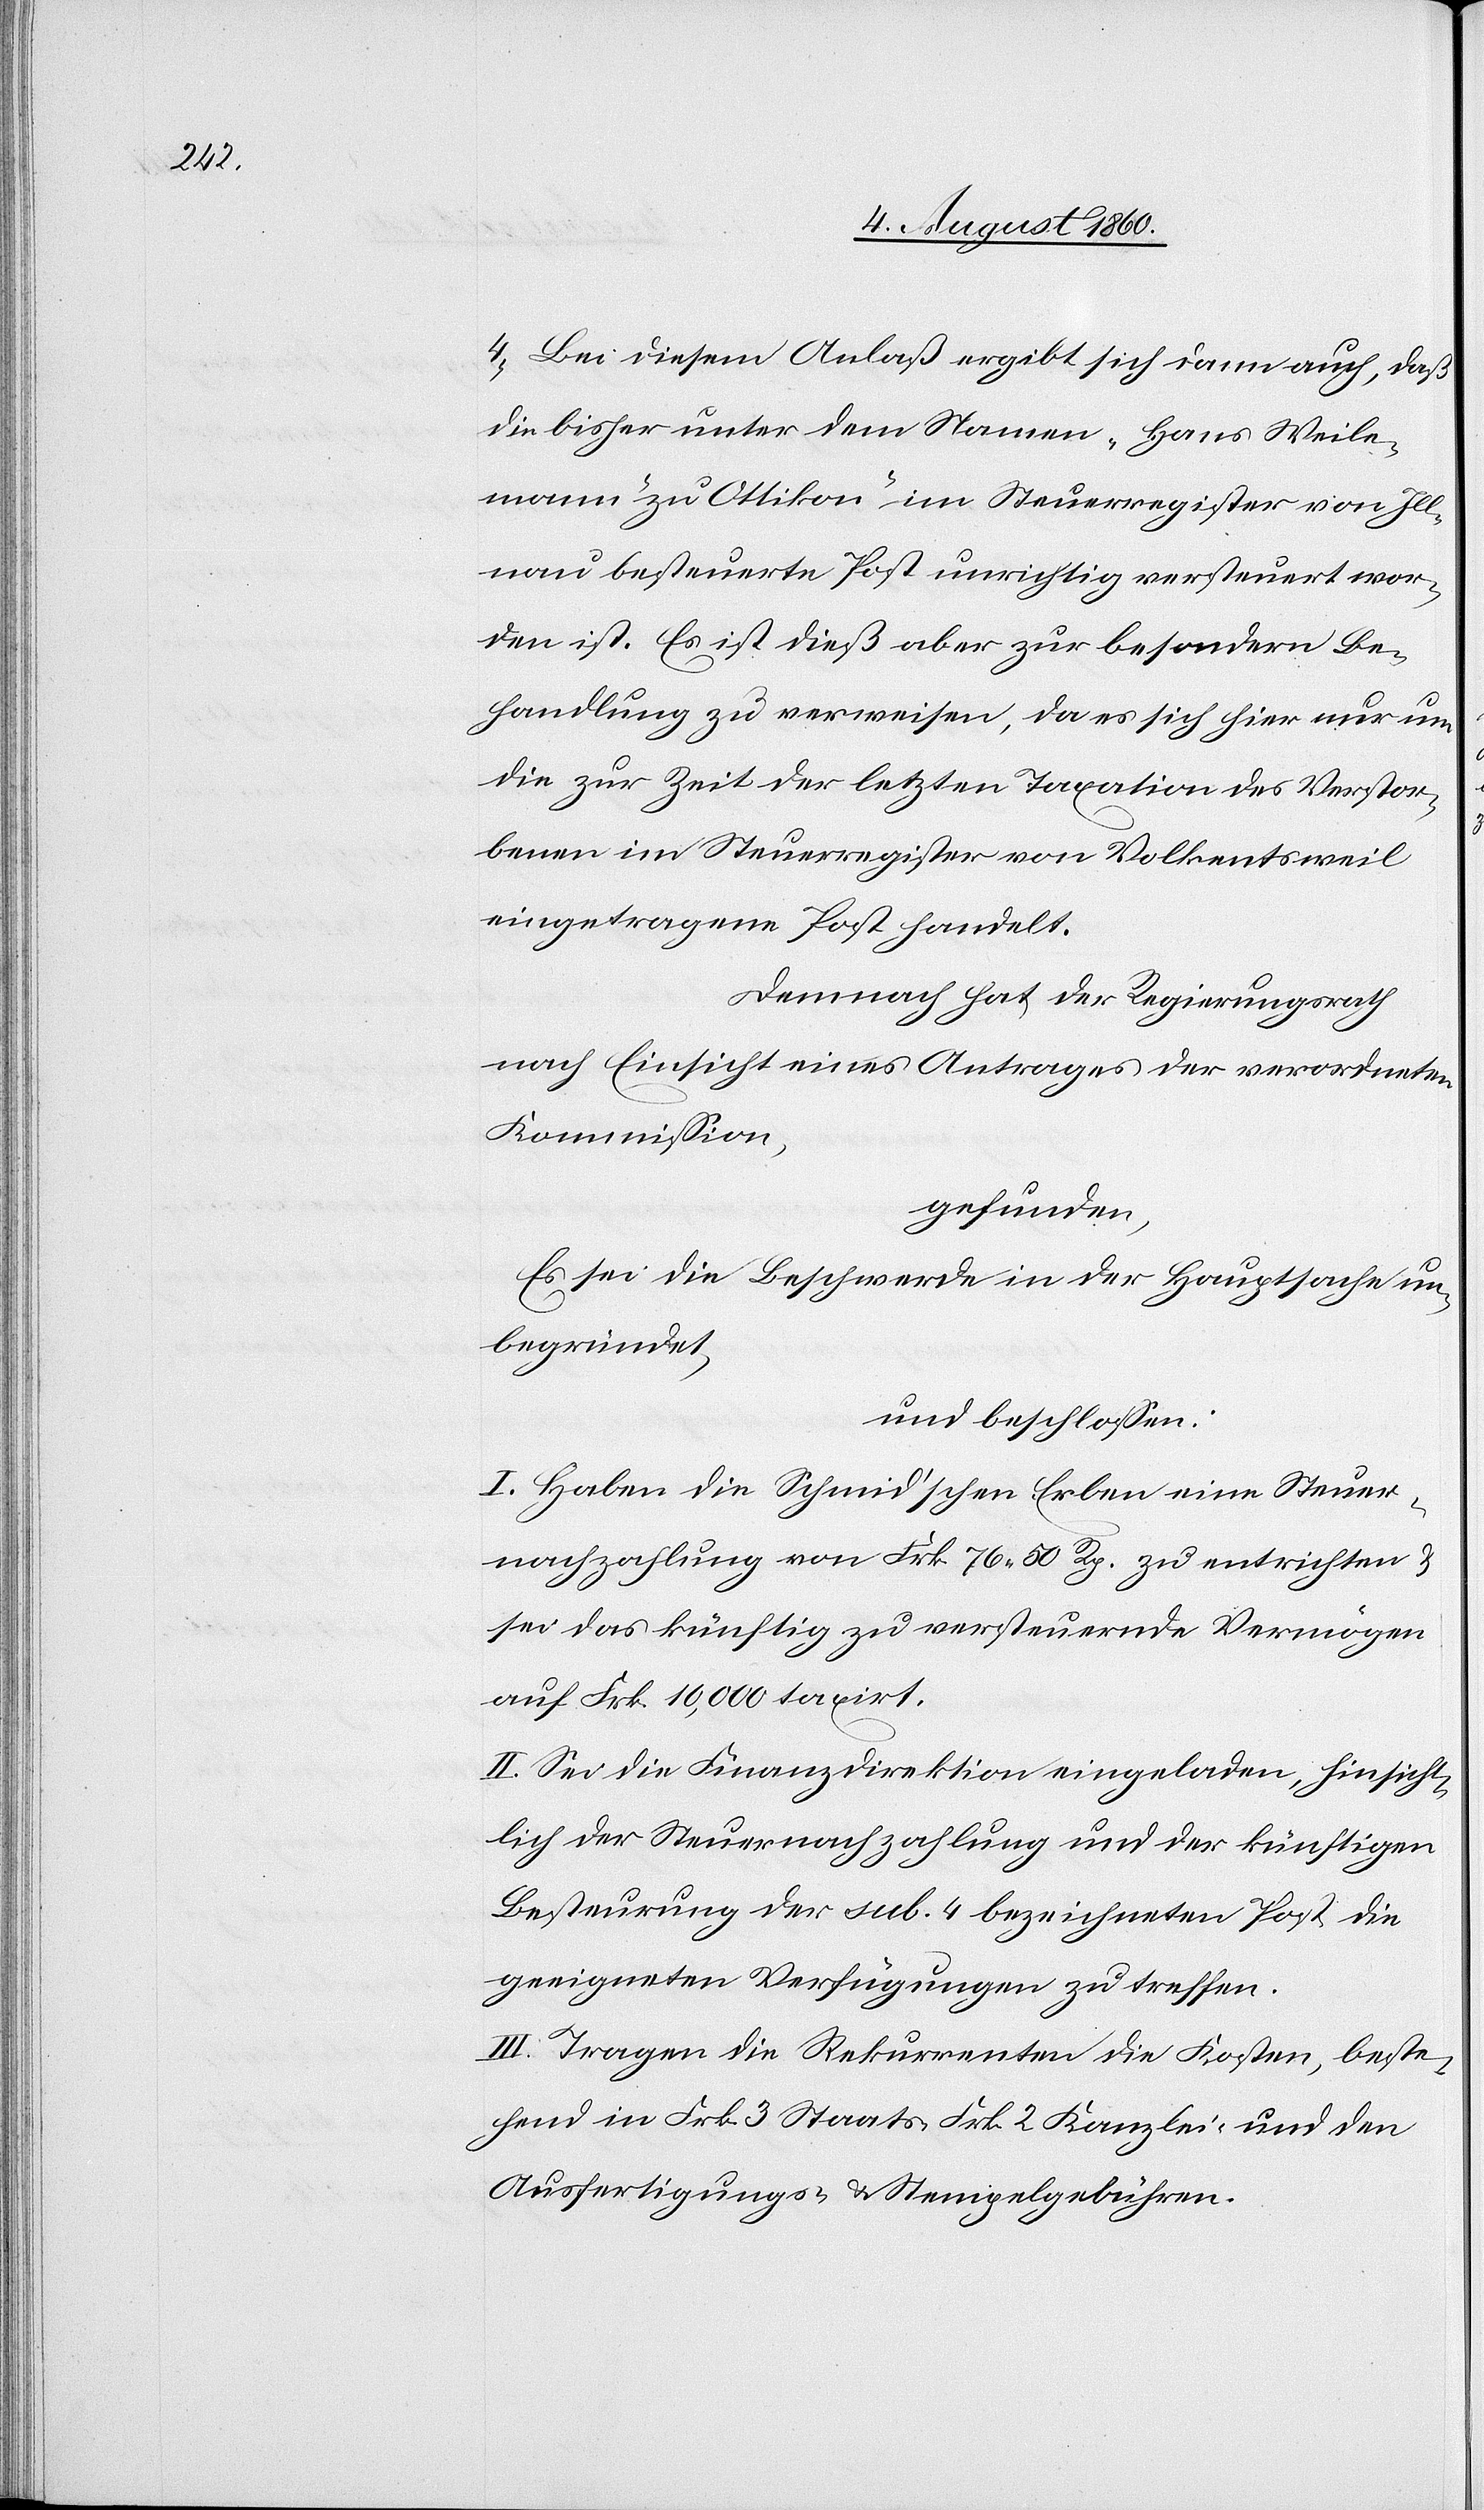
4) Bei diesem Anlass ergibt sich dann auch, dass
die bisher unter dem Namen Hans Weile¬
mann zu Ottikon im Steuerregister von Ill¬
nau besteuerte Post unrichtig versteuert wor¬
den ist. Es ist diess aber zur besondern Be¬
handlung zu verweisen, da es sich hier nur um
die zur Zeit der letzten Taxation des Verstor¬
benen im Steuerregister von Volketsweil
eingetragene Post handelt.
Demnach hat der Regierungsrath,
nach Einsicht eines Antrages der verordneten
Kommission,
gefunden:
Es sei die Beschwerde in der Hauptsache un¬
begründet
und beschlossen:
I. Haben die Schmidischen Erben eine Steuer¬
nachzahlung von fcs. 76. 50C zu entrichten, und
sei das künftig zu versteuernde Vermögen
auf fcs. 10 000 taxirt.
II. Sei die Finanzdirektion eingeladen, hinsicht¬
lich der Steuernachzahlung und der künftigen
Besteurung der sub 4 bezeichneten Post die
geeigneten Verfügungen zu treffen.
III. Tragen die Rekurrenten die Kosten, beste¬
hend in fcs. 3 Staats- fcs. 2 Kanzlei- und den
Ausfertigungs- u. Stempelgebühren.